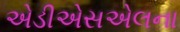
એડીએસએલના